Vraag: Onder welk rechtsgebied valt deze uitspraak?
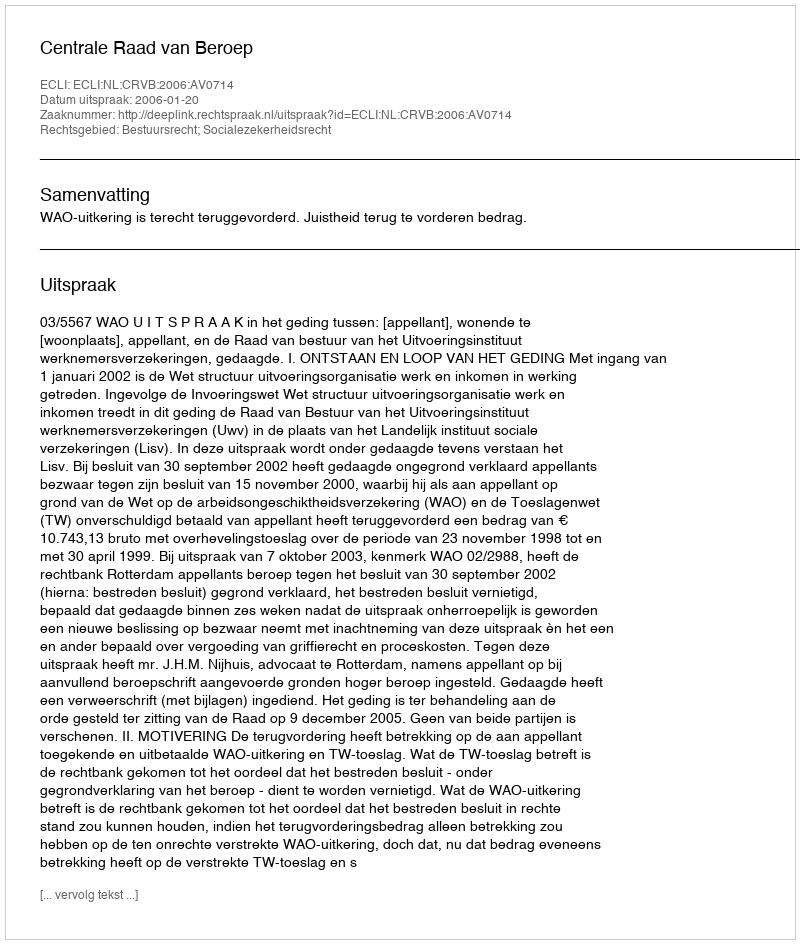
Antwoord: Bestuursrecht; Socialezekerheidsrecht